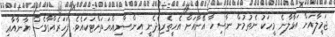
ޖަމީލާއަށް އަޅާލާނެ މީހަކު ނެތުމުން ނާސިހާ އޭނާއަށް އެހީތެރިވެދެނީ އިންސާނިއްޔަތަށްޓަކައެވެ. ފަހަރެއްގާވެސް ޔާނާއާޢި